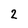
Character: 2